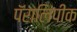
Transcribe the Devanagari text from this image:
पॅरालिंपीक